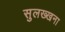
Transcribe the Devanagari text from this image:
सुलख्खना